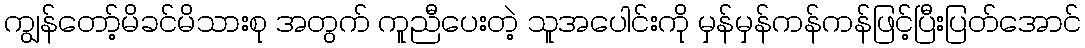
ကျွန်တော့်မိခင်မိသားစု အတွက် ကူညီပေးတဲ့ သူအပေါင်းကို မှန်မှန်ကန်ကန်ဖြင့်ပြီးပြတ်အောင်